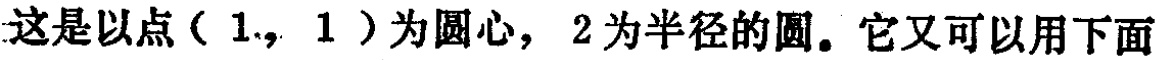
这是以点\((1,1)\)为圆心，\(2\)为半径的圆。它又可以用下面